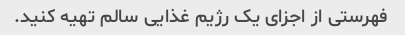
فهرستی از اجزای یک رژیم غذایی سالم تهیه کنید.